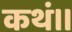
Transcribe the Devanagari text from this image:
कथं।।